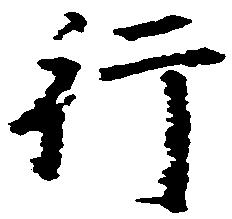
行